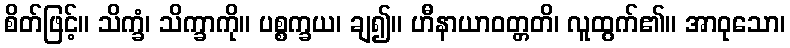
စိတ်ဖြင့်။ သိက္ခံ၊ သိက္ခာကို။ ပစ္စက္ခယ၊ ချ၍။ ဟီနာယာဝတ္တတိ၊ လူထွက်၏။ အာဝုသော၊